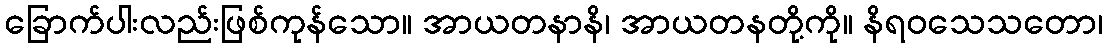
ခြောက်ပါးလည်းဖြစ်ကုန်သော။ အာယတနာနိ၊ အာယတနတို့ကို။ နိရဝသေသတော၊